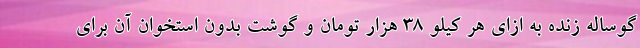
گوساله زنده به ازای هر کیلو ۳۸ هزار تومان و گوشت بدون استخوان آن برای